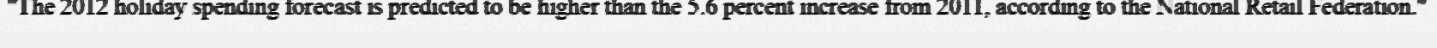
"The 2012 holiday spending forecast is predicted to be higher than the 5.6 percent increase from 2011, according to the National Retail Federation."